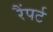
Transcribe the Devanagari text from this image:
रैंपर्ट